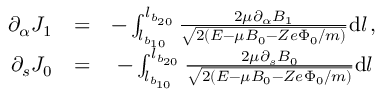
\begin{array} { r l r } { \partial _ { \alpha } J _ { 1 } } & { = } & { - \int _ { l _ { b _ { 1 0 } } } ^ { l _ { b _ { 2 0 } } } \frac { 2 \mu \partial _ { \alpha } B _ { 1 } } { \sqrt { 2 ( { \cal E } - \mu B _ { 0 } - Z e \Phi _ { 0 } / m ) } } \mathrm { d } l \, , } \\ { \partial _ { s } J _ { 0 } } & { = } & { - \int _ { l _ { b _ { 1 0 } } } ^ { l _ { b _ { 2 0 } } } \frac { 2 \mu \partial _ { s } B _ { 0 } } { \sqrt { 2 ( { \cal E } - \mu B _ { 0 } - Z e \Phi _ { 0 } / m ) } } \mathrm { d } l \, } \end{array}